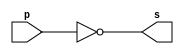
// -------------------------
// Exemplo0002 - NOT
// Nome: Pedro Henrique Lima Pinheiro
// -------------------------
// -------------------------
// -- not gate
// -------------------------
module notgate (output s,
input p);
assign s = ~p;
endmodule // notgate
// -------------------------
// -- test not gate
// -------------------------
module testnotgate;
// ------------------------- dados locais
reg a; // definir registrador
// (variavel independente)
wire s; // definir conexao (fio)
// (variavel dependente )
// ------------------------- instancia
notgate NOT1 (s, a);
// ------------------------- preparacao
initial begin:start
a=0; // valor inicial
end
// ------------------------- parte principal
initial begin
$display("Exemplo0002 - Pedro Henrique Lima Pinheiro - 451605");
$display("Test NOT gate");
$display("\n~a = s\n");
a=0;
#1 $display("~%b = %b", a, s);
a=1;
#1 $display("~%b = %b", a, s);
end
endmodule // testnotgate